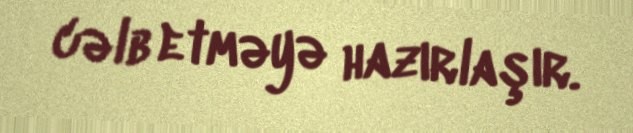
cəlb etməyə hazırlaşır.